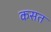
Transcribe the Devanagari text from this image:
कसत